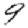
Digit: 9